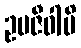
ဥပဇီဝါမိ